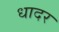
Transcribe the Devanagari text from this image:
धादर